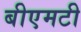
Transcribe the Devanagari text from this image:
बीएमटी